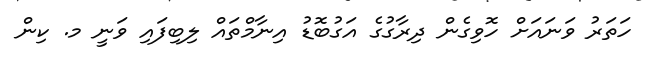
ހަތަރު ވަނައަށް ހޮވިގެން ދިރާގުގެ އަގުބޮޑު އިނާމްތައް ލިބިފައި ވަނީ މ. ކިން